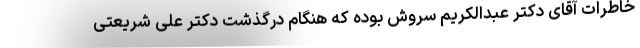
خاطرات آقای دکتر عبدالکریم سروش بوده که هنگام درگذشت دکتر علی شریعتی